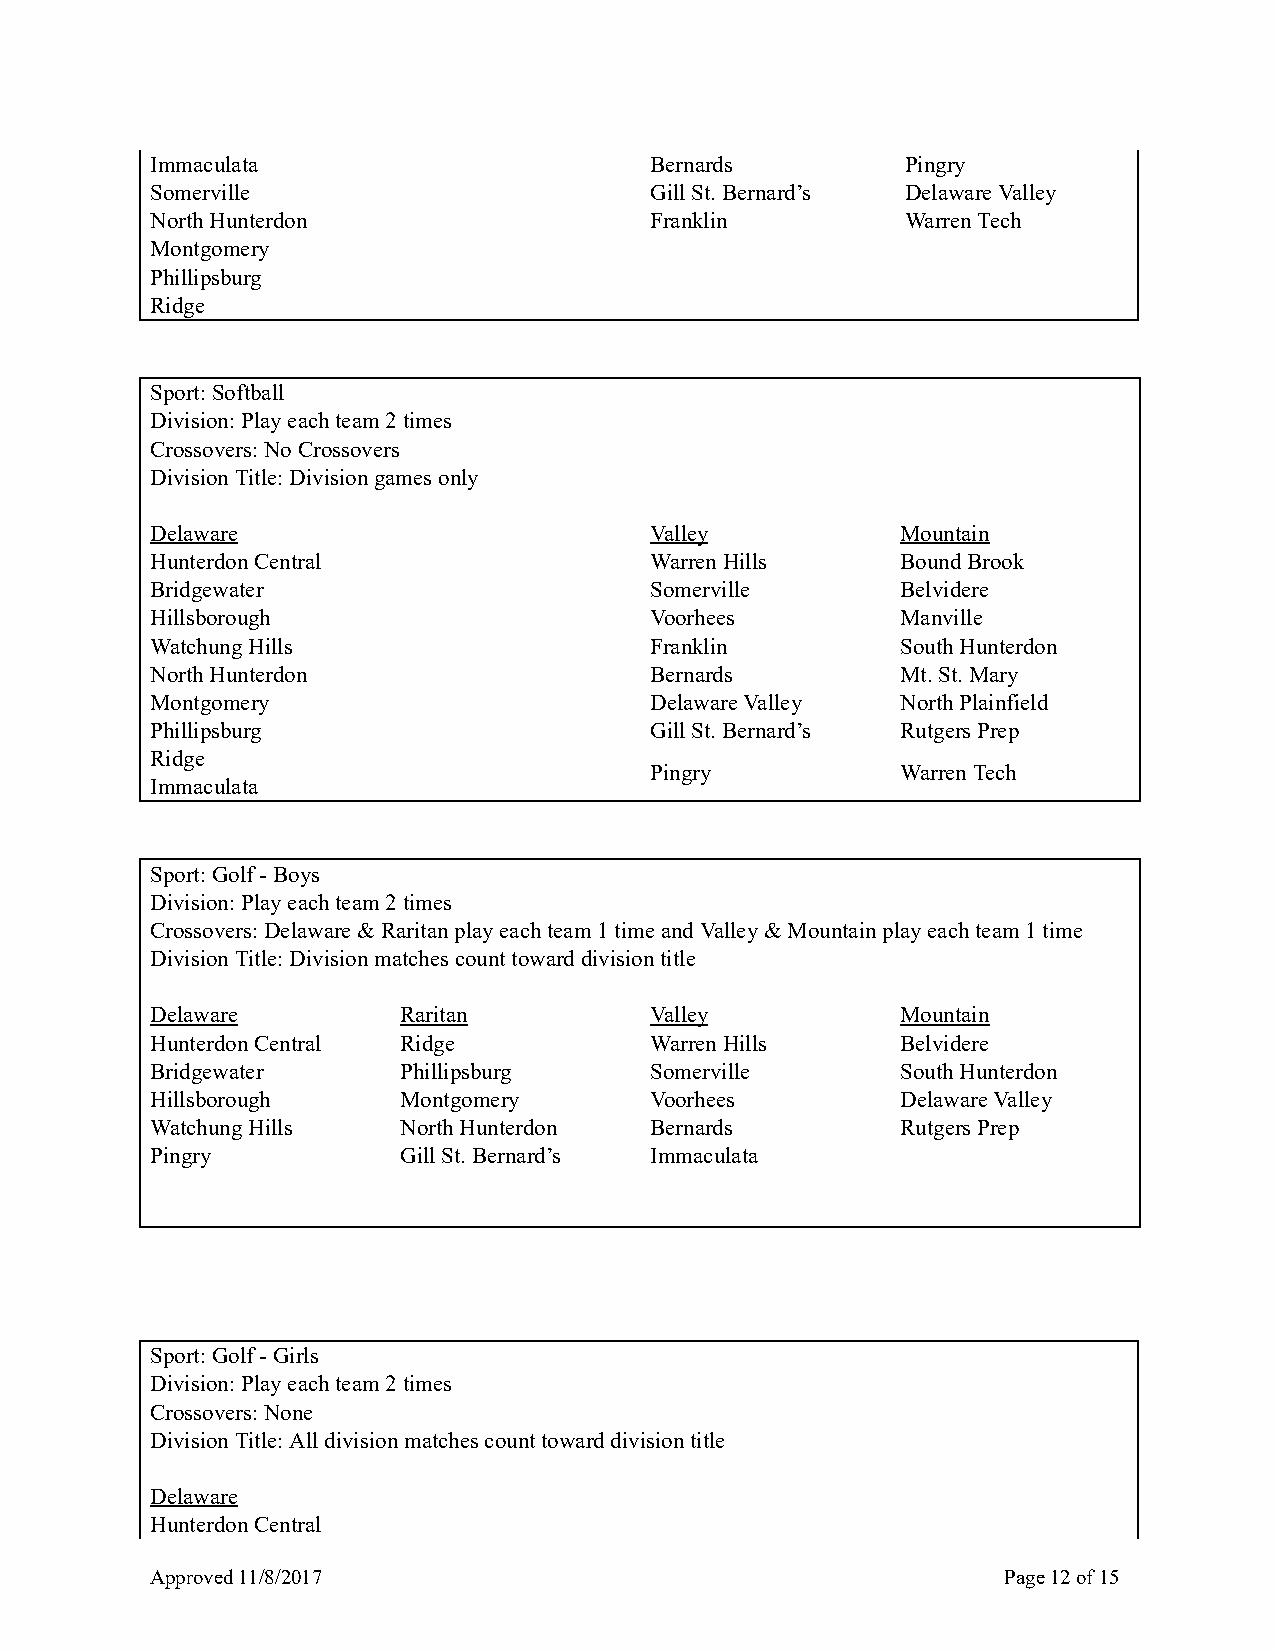
Immaculata                       Bernards         Pingry
 Somerville                       Gill St. Bernard’s Delaware Valley
 North Hunterdon                  Franklin         Warren Tech
 Montgomery
 Phillipsburg
 Ridge
 Sport: Softball
 Division: Play each team 2 times
 Crossovers: No Crossovers
 Division Title: Division games only
 Delaware                         Valley           Mountain
 Hunterdon Central                Warren Hills     Bound Brook
 Bridgewater                      Somerville       Belvidere
 Hillsborough                     Voorhees         Manville
 Watchung Hills                   Franklin         South Hunterdon
 North Hunterdon                  Bernards         Mt. St. Mary
 Montgomery                       Delaware Valley  North Plainfield
 Phillipsburg                     Gill St. Bernard’s Rutgers Prep
 Ridge
 Pingry           Warren Tech
 Immaculata
 Sport: Golf - Boys
 Division: Play each team 2 times
 Crossovers: Delaware & Raritan play each team 1 time and Valley & Mountain play each team 1 time
 Division Title: Division matches count toward division title
 Delaware        Raritan          Valley           Mountain
 Hunterdon Central Ridge          Warren Hills     Belvidere
 Bridgewater     Phillipsburg     Somerville       South Hunterdon
 Hillsborough    Montgomery       Voorhees         Delaware Valley
 Watchung Hills  North Hunterdon  Bernards         Rutgers Prep
 Pingry          Gill St. Bernard’s Immaculata
 Sport: Golf - Girls
 Division: Play each team 2 times
 Crossovers: None
 Division Title: All division matches count toward division title
 Delaware
 Hunterdon Central
 Approved 11/8/2017                                      Page 12 of 15